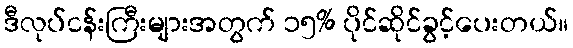
ဒီလုပ်ငန်းကြီးများအတွက် ၁၅% ပိုင်ဆိုင်ခွင့်ပေးတယ်။